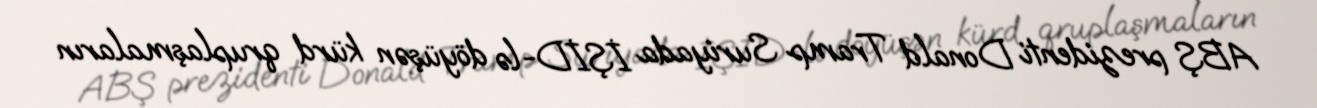
ABŞ prezidenti Donald Tramp Suriyada İŞİD-lə döyüşən kürd qruplaşmaların